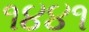
૧૪૪૧